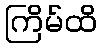
ကြိမ်ထိ